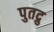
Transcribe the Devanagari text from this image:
पुतद्रु